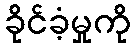
ခိုင်ခံ့မှုကို